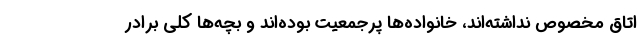
اتاق مخصوص نداشته‌اند، خانواده‌ها پرجمعیت بوده‌اند و بچه‌ها کلی برادر